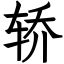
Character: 轿